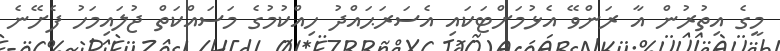
މީގެ އިތުރުން އާ ރަންވޭ އެޅުމަށްޓަކައި އެސަރަޙައްދު ހިއްކުމުގެ މަސައްކަތް ޖުލައިމަހު ފެށޭނެ